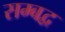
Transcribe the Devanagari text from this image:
सम्‍बद्व